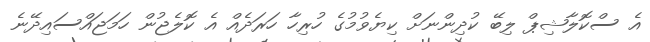
އެ ސްކޮލާޝިޕް ލިބޭ ކުދިންނަށް ކިޔެވުމުގެ ހުރިހާ ހަރަދެއް އެ ކޮލެޖުން ހަމަޖައްސައިދޭނެ